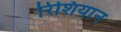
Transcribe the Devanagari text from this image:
रिशियान